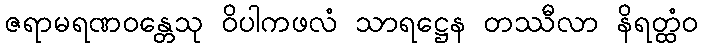
ဇရာမရဏဝန္တေသု ဝိပါကဖလံ သာရဋ္ဌေန တဿီလာ နိရတ္ထံဝ